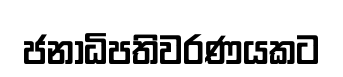
ජනාධිපතිවරණයකට